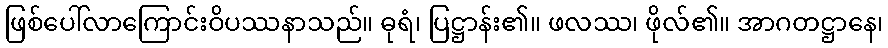
ဖြစ်ပေါ်လာကြောင်းဝိပဿနာသည်။ ဓုရံ၊ ပြဋ္ဌာန်း၏။ ဖလဿ၊ ဖိုလ်၏။ အာဂတဋ္ဌာနေ၊